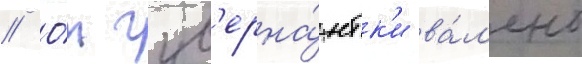
// О́т гув'ерна́нтк'и ва́л'ено